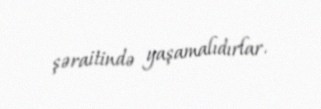
şəraitində yaşamalıdırlar.